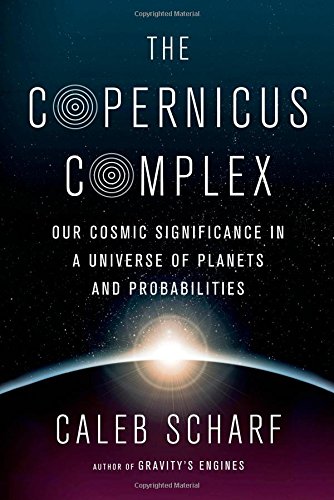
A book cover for The Copernicus Complex: Our Cosmic Significance in a Universe of Planets and Probabilities; Caleb Scharf; Science & Math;